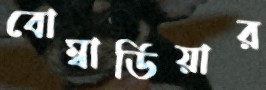
বোম্বার্ডিয়ার